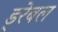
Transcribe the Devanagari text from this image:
ड्रेबल